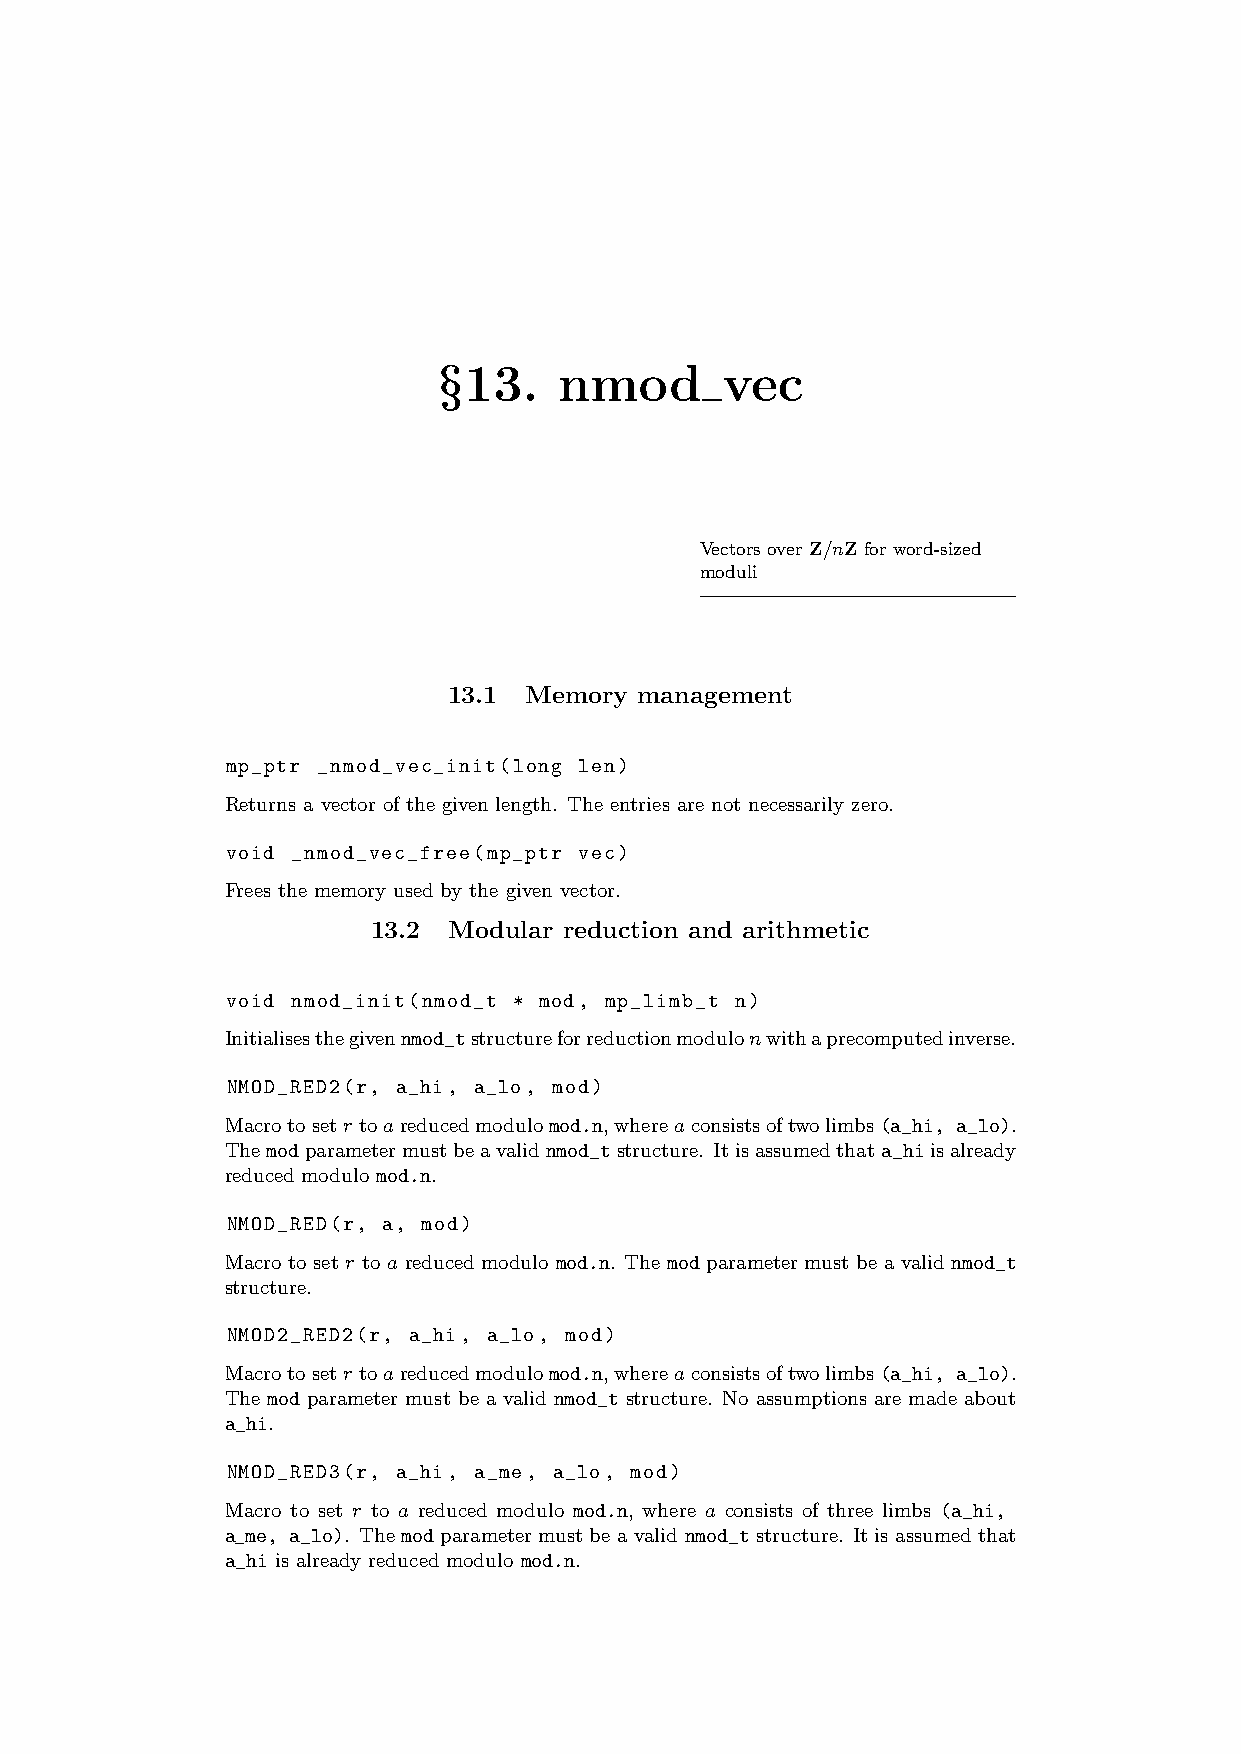
§13.    nmod       vec
 Vectors over Z/nZ for word-sized
 moduli
 13.1 Memory management
 mp_ptr _nmod_vec_init(long len)
 Returns a vector of the given length. The entries are not necessarily zero.
 void _nmod_vec_free(mp_ptr vec)
 Frees the memory used by the given vector.
 13.2 Modular reduction and arithmetic
 void nmod_init(nmod_t * mod, mp_limb_t n)
 Initialisesthegivennmod_tstructureforreductionmodulonwithaprecomputedinverse.
 NMOD_RED2(r, a_hi, a_lo, mod)
 Macrotosetr toareducedmodulomod.n,whereaconsistsoftwolimbs(a_hi, a_lo).
 Themodparametermustbeavalidnmod_tstructure. Itisassumedthata_hiisalready
 reduced modulo mod.n.
 NMOD_RED(r, a, mod)
 Macro to set r to a reduced modulo mod.n. The mod parameter must be a valid nmod_t
 structure.
 NMOD2_RED2(r, a_hi, a_lo, mod)
 Macrotosetr toareducedmodulomod.n,whereaconsistsoftwolimbs(a_hi, a_lo).
 The mod parameter must be a valid nmod_t structure. No assumptions are made about
 a_hi.
 NMOD_RED3(r, a_hi, a_me, a_lo, mod)
 Macro to set r to a reduced modulo mod.n, where a consists of three limbs (a_hi,
 a_me, a_lo). The mod parameter must be a valid nmod_t structure. It is assumed that
 a_hi is already reduced modulo mod.n.